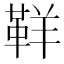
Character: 𩊑